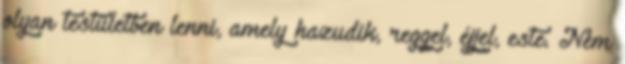
olyan testületben lenni, amely hazudik, reggel, éjjel, este. Nem